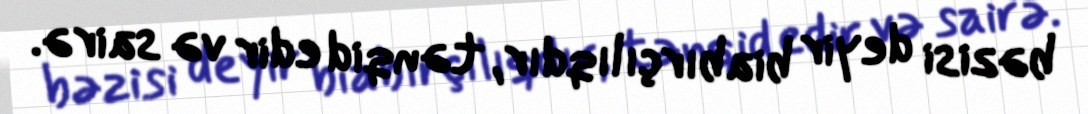
bəzisi deyir biabırçılıqdır, tənqid edir və sairə.